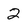
Character: 2